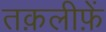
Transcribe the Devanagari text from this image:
तक़लीफ़ें